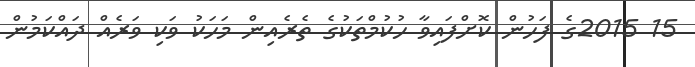
15 2015ގެ ފަހުން ކޮށްފައިވާ ހުކުމްތަކުގެ ތެރެއިން މަހަކު ވަކި ވަރެއް ދައްކަމުން